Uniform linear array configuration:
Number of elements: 12
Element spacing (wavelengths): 0.25
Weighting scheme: blackman
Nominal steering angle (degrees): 45
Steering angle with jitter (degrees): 46.961
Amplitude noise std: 0.05
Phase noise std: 0.05

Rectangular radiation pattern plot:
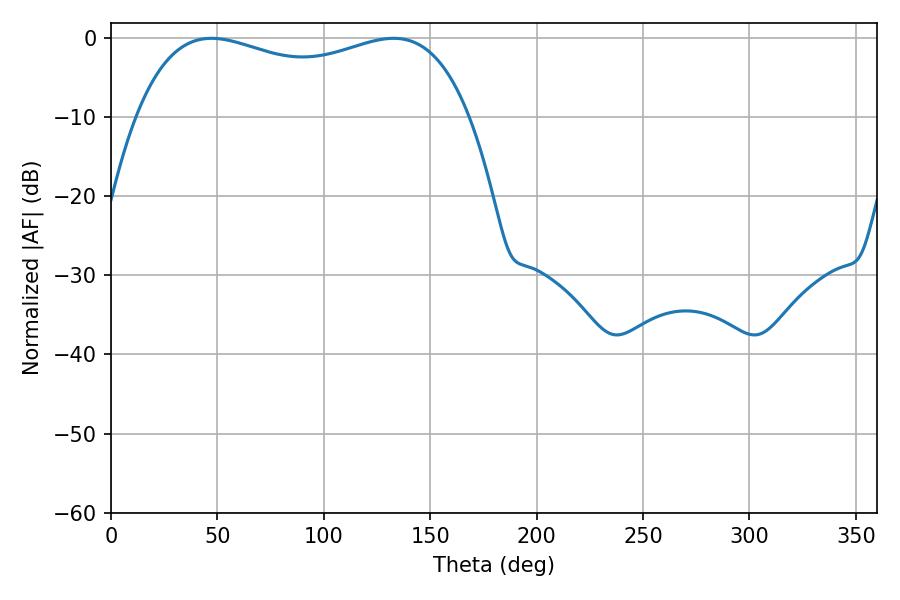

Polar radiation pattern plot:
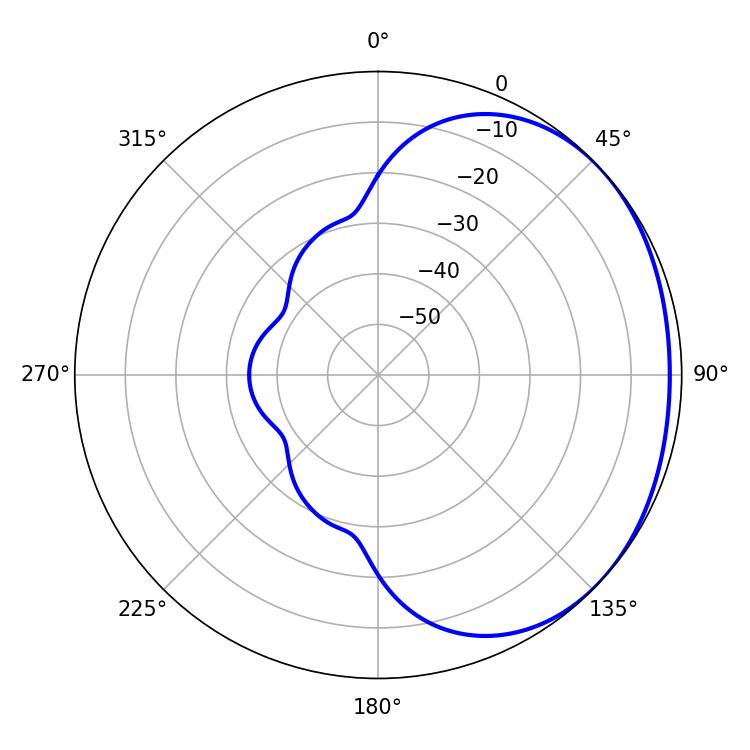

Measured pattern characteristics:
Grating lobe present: FALSE
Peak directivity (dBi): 1.406
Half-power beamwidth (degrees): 128.52
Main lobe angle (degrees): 47.16